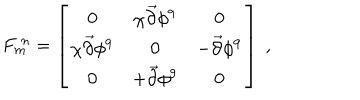
F _ { m } ^ { \ n } = \left[ \begin{array} { c c c } { { 0 } } & { { \chi { \vec { \partial } } \phi ^ { 9 } } } & { { 0 } } \\ { { \chi { \vec { \partial } } \phi ^ { 9 } } } & { { 0 } } & { { - { \vec { \partial } } \phi ^ { 9 } } } \\ { { 0 } } & { { + { \vec { \partial } } \phi ^ { 9 } } } & { { 0 } } \\ \end{array} \right] \ ,